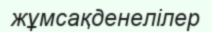
жұмсақденелілер